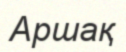
Аршақ